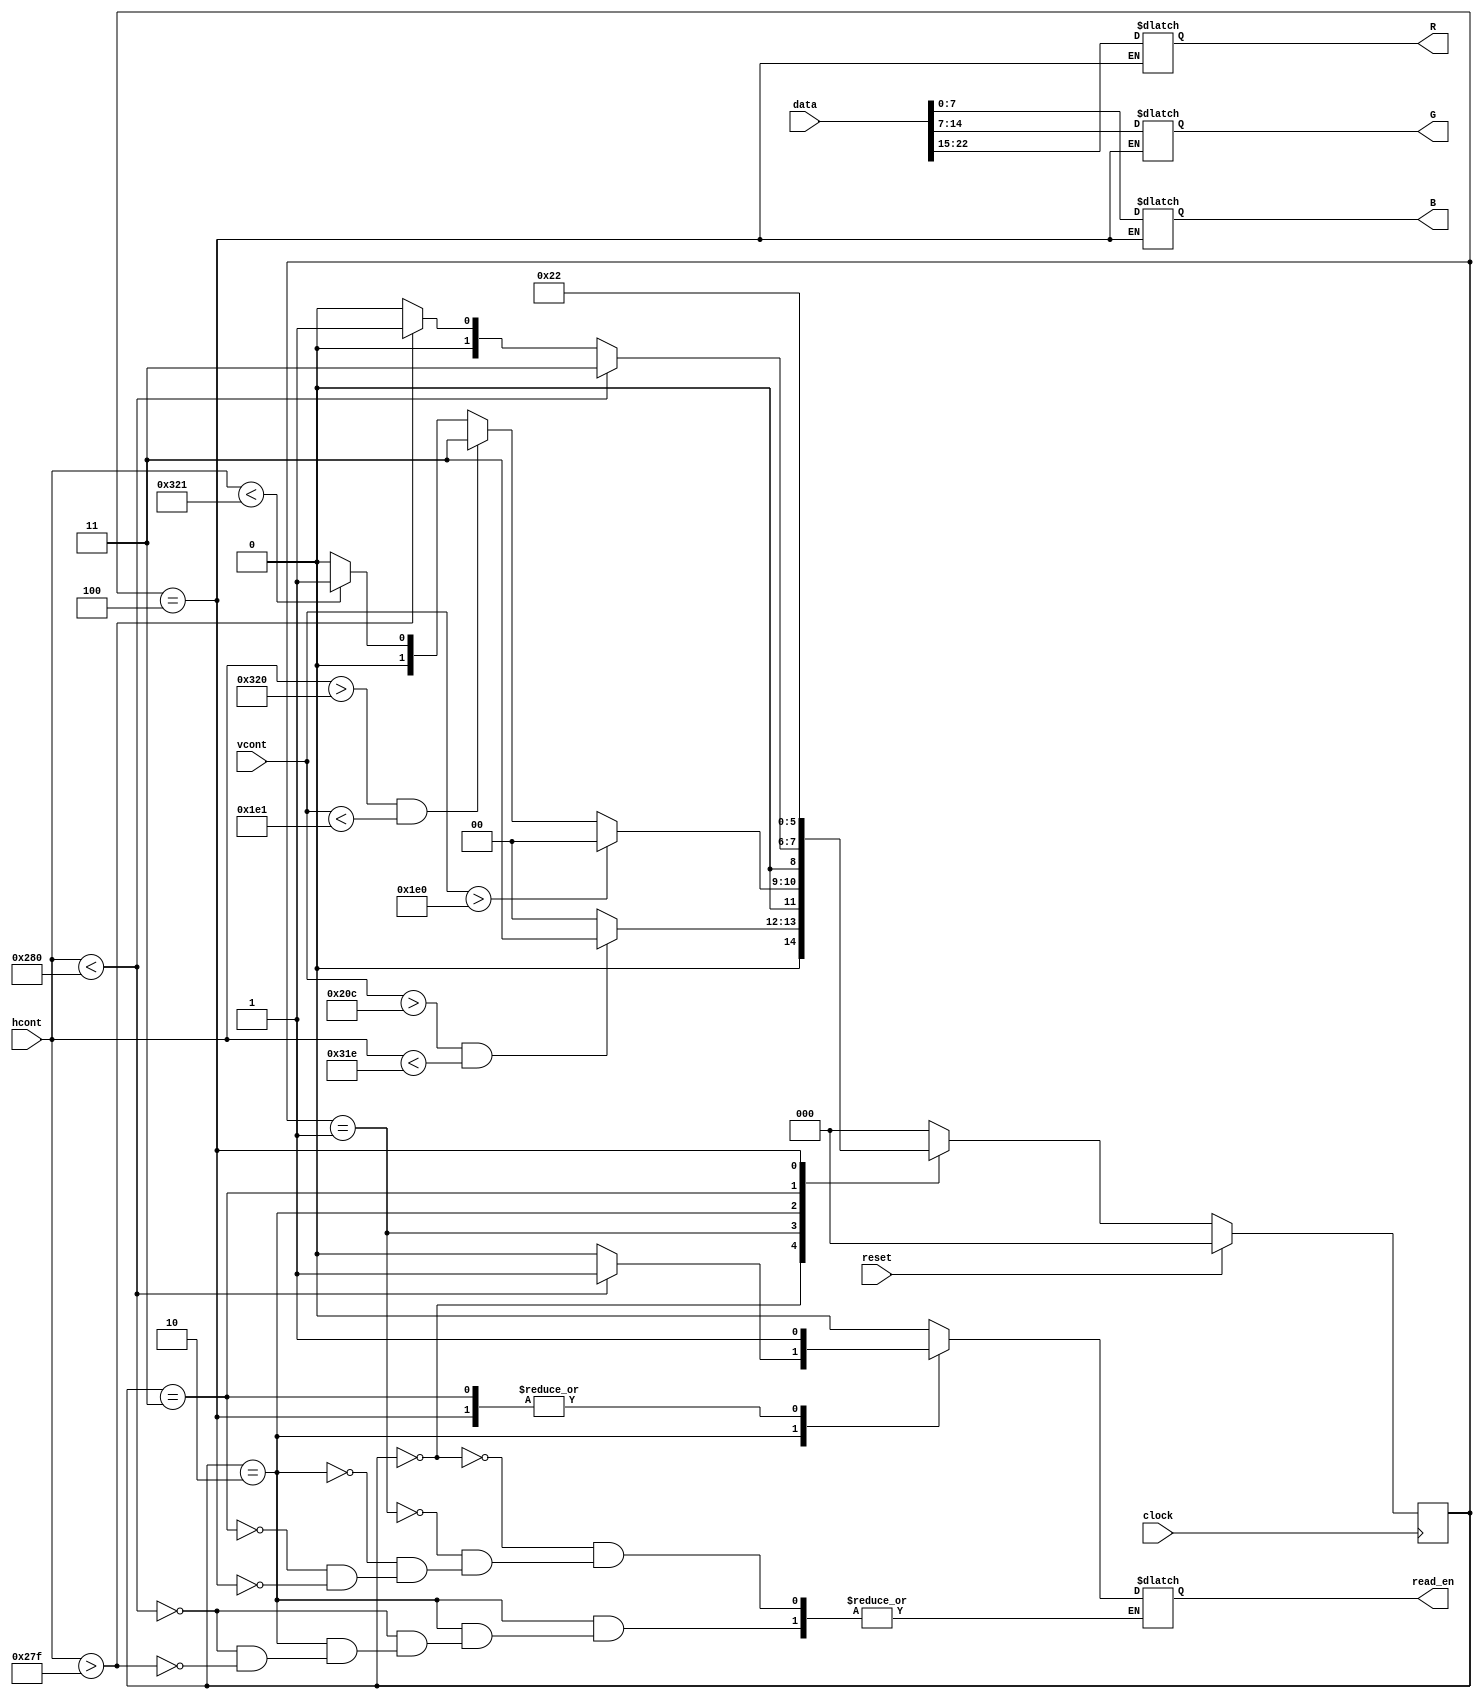
module VGADataController(clock, reset, data, hcont, vcont, read_en, R, G, B);

	input clock, reset;
	input[9:0] hcont, vcont; 
	input[23:0] data;
	output reg read_en;
	output reg[7:0] R, G, B;
	
	reg[2:0] estado_atual, estado_futuro;
	parameter Inicio = 			3'b000,
				 WaitNewLinha = 	3'b001,
				 Escreve = 			3'b010,
				 Espera1Clk = 		3'b011,
				 GetData =			3'b100;
	
	always@(posedge clock)begin
		if(reset) begin
			estado_atual <= Inicio;
		end
		else begin
			estado_atual <= estado_futuro;
		end
	end
	 
	 always@(*) begin
		estado_futuro = Inicio;
		
		case(estado_atual)
			Inicio: begin 
				read_en = 0;
				if(vcont>524 & hcont<798) begin
					estado_futuro = Espera1Clk;
				end 
				else begin 
					estado_futuro = Inicio;
				end
			end
			WaitNewLinha: begin
				read_en = 0;
				if(vcont>480) begin
					estado_futuro = Inicio;
				end 
				else begin 
					if(hcont>800 & vcont<481) begin 
						estado_futuro = Espera1Clk;
					end 
					else begin
						if(hcont<801) begin 
							estado_futuro = WaitNewLinha;
						end
					end 
				end
			end
			Escreve: begin
				if(hcont<640) begin
					read_en = 1;
					estado_futuro = Espera1Clk;
				end 
				else begin 
					if(hcont>639) begin
						read_en = 0;
						estado_futuro = WaitNewLinha;
					end
				end
			end			
			Espera1Clk: begin
				read_en = 1;
				estado_futuro = GetData;
			end				
			GetData: begin
				read_en = 1;
				R[7:0] = data[23:15];		//verificar ordem
				G[7:0] = data[15:7];
				B[7:0] = data[7:0];
				estado_futuro = Escreve;
			end
		endcase
	 end
	 
endmodule